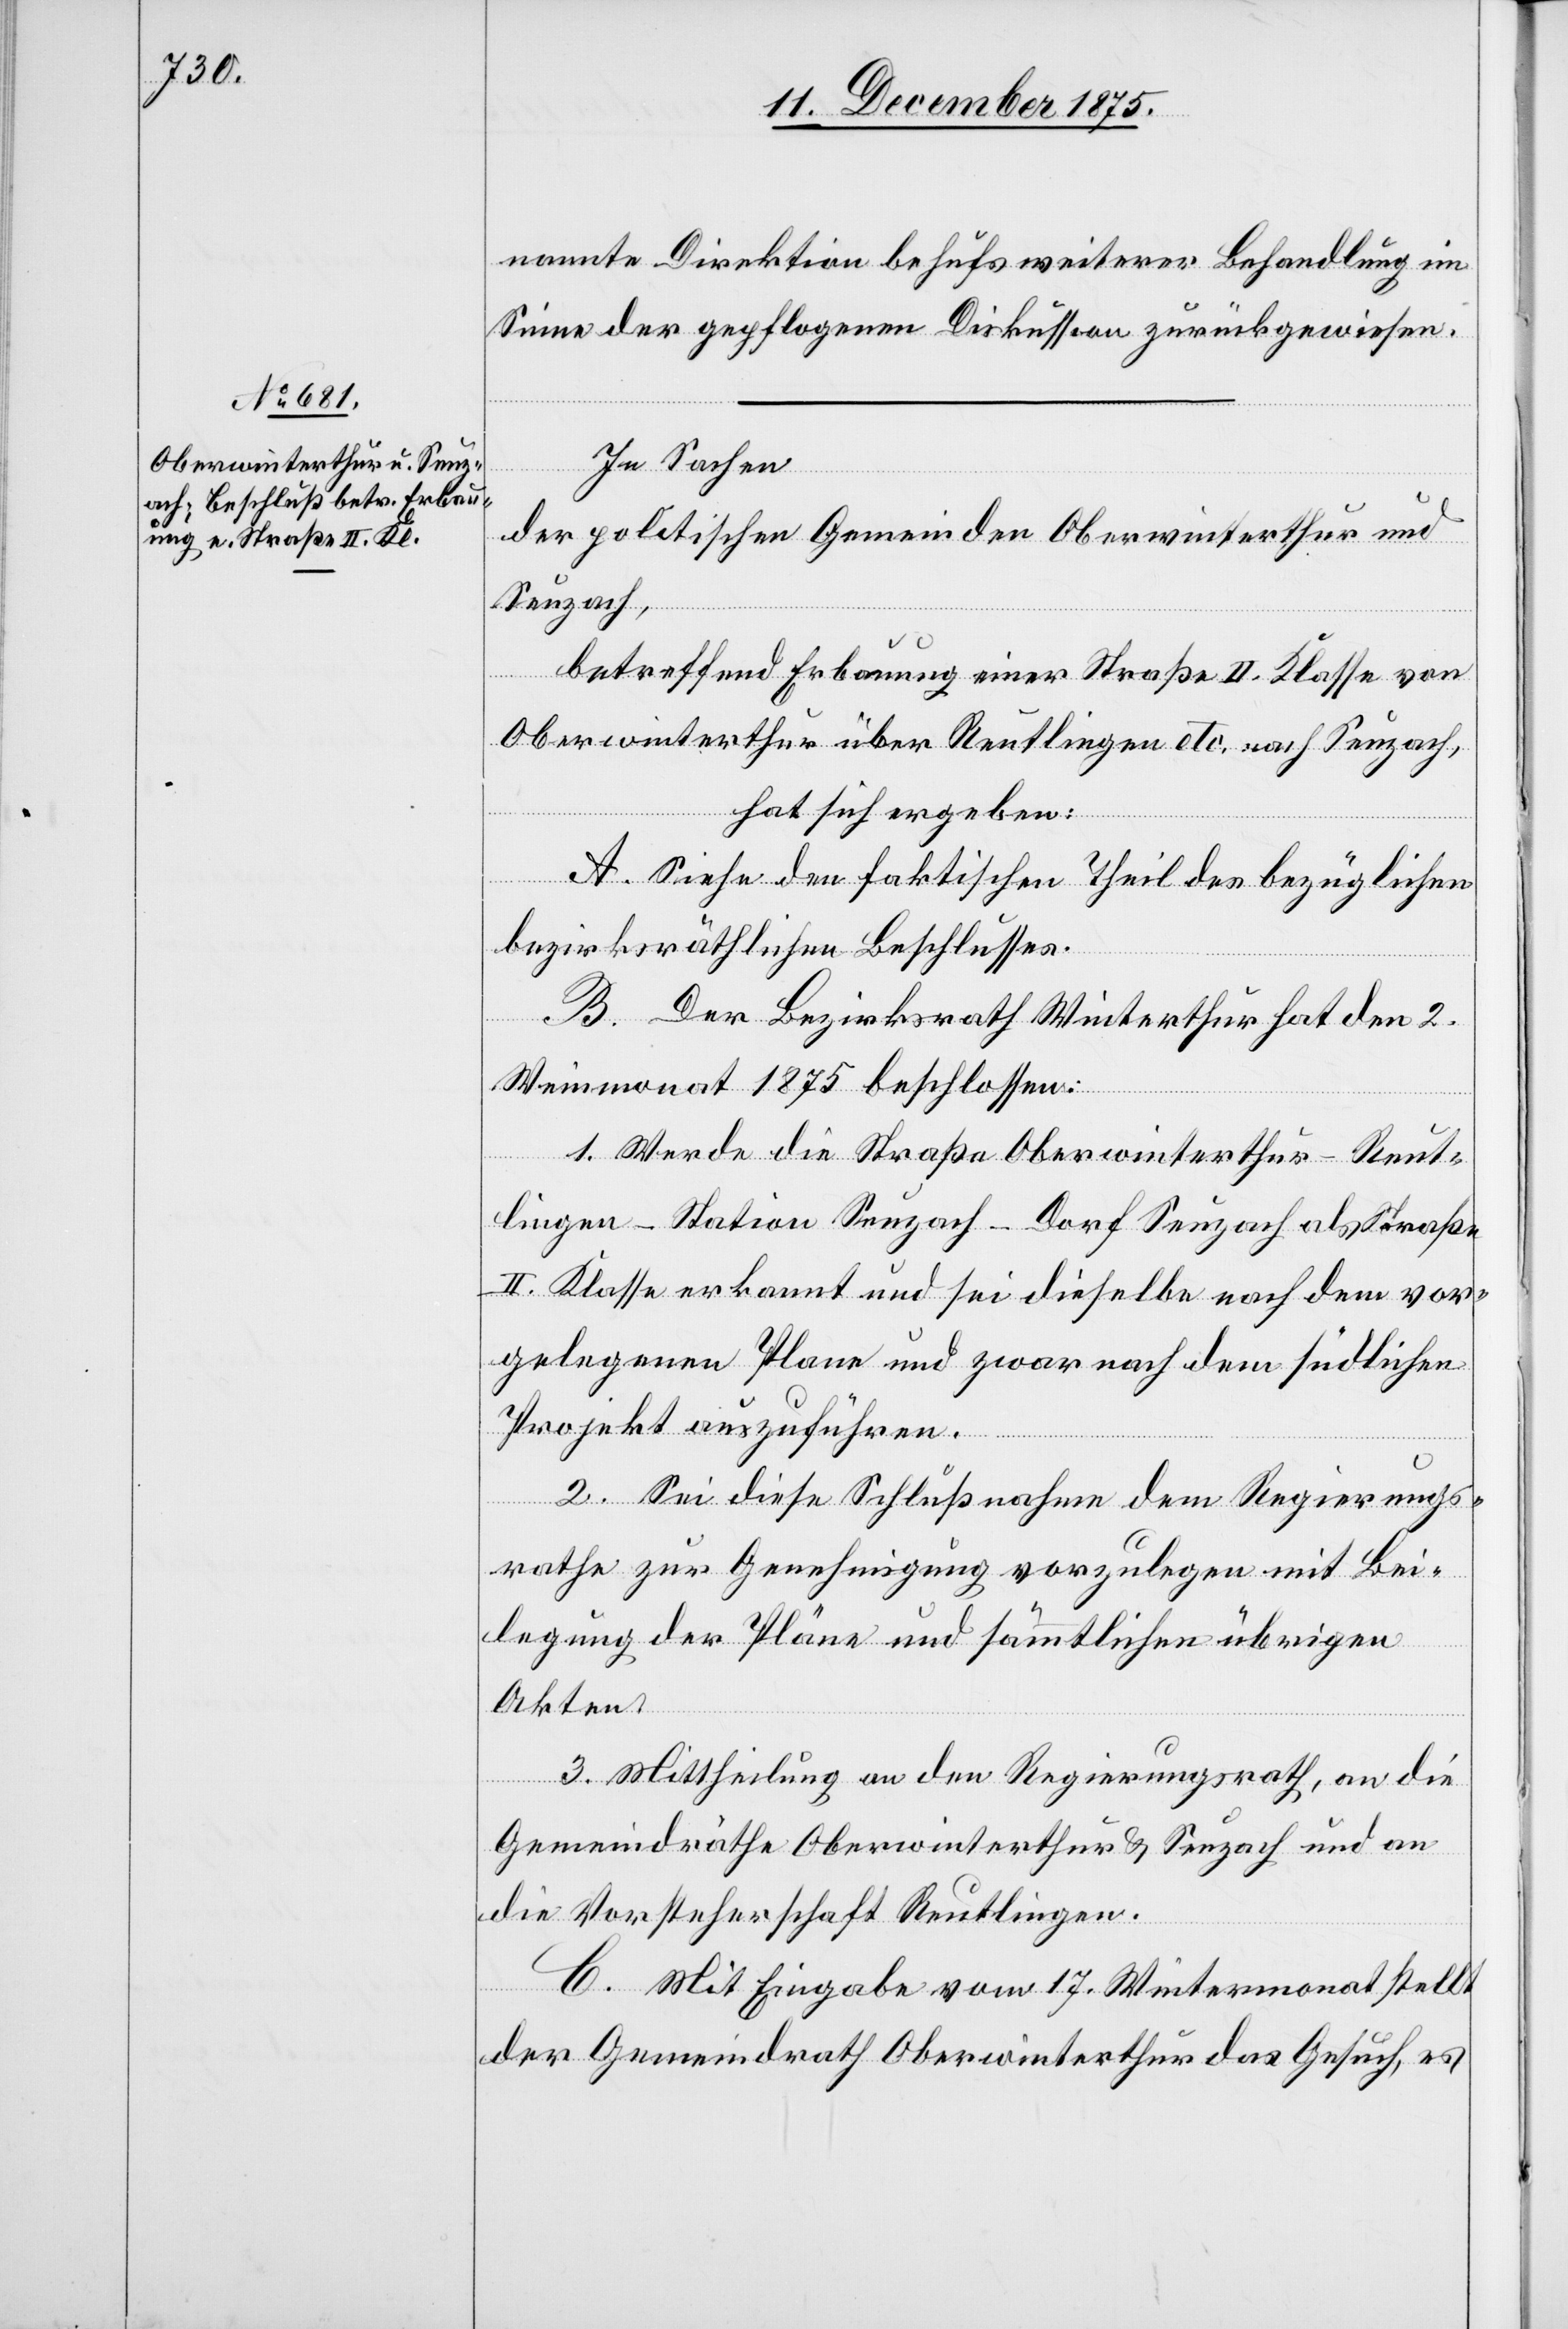
nannte Direktion behufs weiterer Behandlung im
Sinne der gepflogenen Diskussion zurückgewiesen.
In Sachen
der politischen Gemeinden Oberwinterthur und
Seuzach,
betreffend Erbauung einer Straße II. Klasse von
Oberwinterthur über Reutlingen etc. nach Seuzach,
hat sich ergeben:
A. Siehe den faktischen Theil des bezüglichen
bezirksräthlichen Beschlusses.
B. Der Bezirksrath Winterthur hat den 2.
Weinmonat 1875 beschlossen:
1. Werde die Straße Oberwinterthur–Reut¬
lingen–Station Seuzach–Dorf Seuzach als Straße
II. Klasse erkannt und sei dieselbe nach dem vor¬
gelegenen Plane und zwar nach dem südlichen
Projekt auszuführen.
2. Sei diese Schlußnahme dem Regierungs¬
rathe zur Genehmigung vorzulegen mit Bei¬
legung der Pläne und sämmtlichen übrigen
Akten.
3. Mittheilung an den Regierungsrath, an die
Gemeindräthe Oberwinterthur & Seuzach und an
die Vorsteherschaft Reutlingen.
C. Mit Eingabe vom 17. Wintermonat stellt
der Gemeindrath Oberwinterthur das Gesuch, es